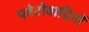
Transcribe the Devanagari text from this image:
प्लेटोवादियों